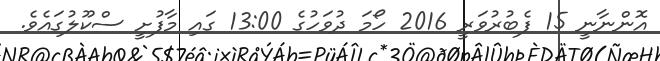
އޮންނާނީ 15 ފެބުރުވަރީ 2016 ހޯމަ ދުވަހުގެ 13:00 ގައި މާފުށީ ސްކޫލުގައެވެ.